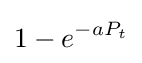
1-e^{-aP_{t}}